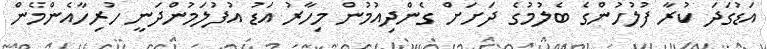
އަޑުގަދަ ކުރާ ފުލުހުންގެ ބެލުމުގެ ދަށަށް ގެންދިއުމުން މިހާރު އަޑު އުފުލަމުންދަނީ ހުރިހާއެންމެން